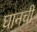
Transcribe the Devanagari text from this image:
घानची